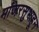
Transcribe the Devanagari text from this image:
मांजरसुभाहून